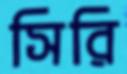
সিরি